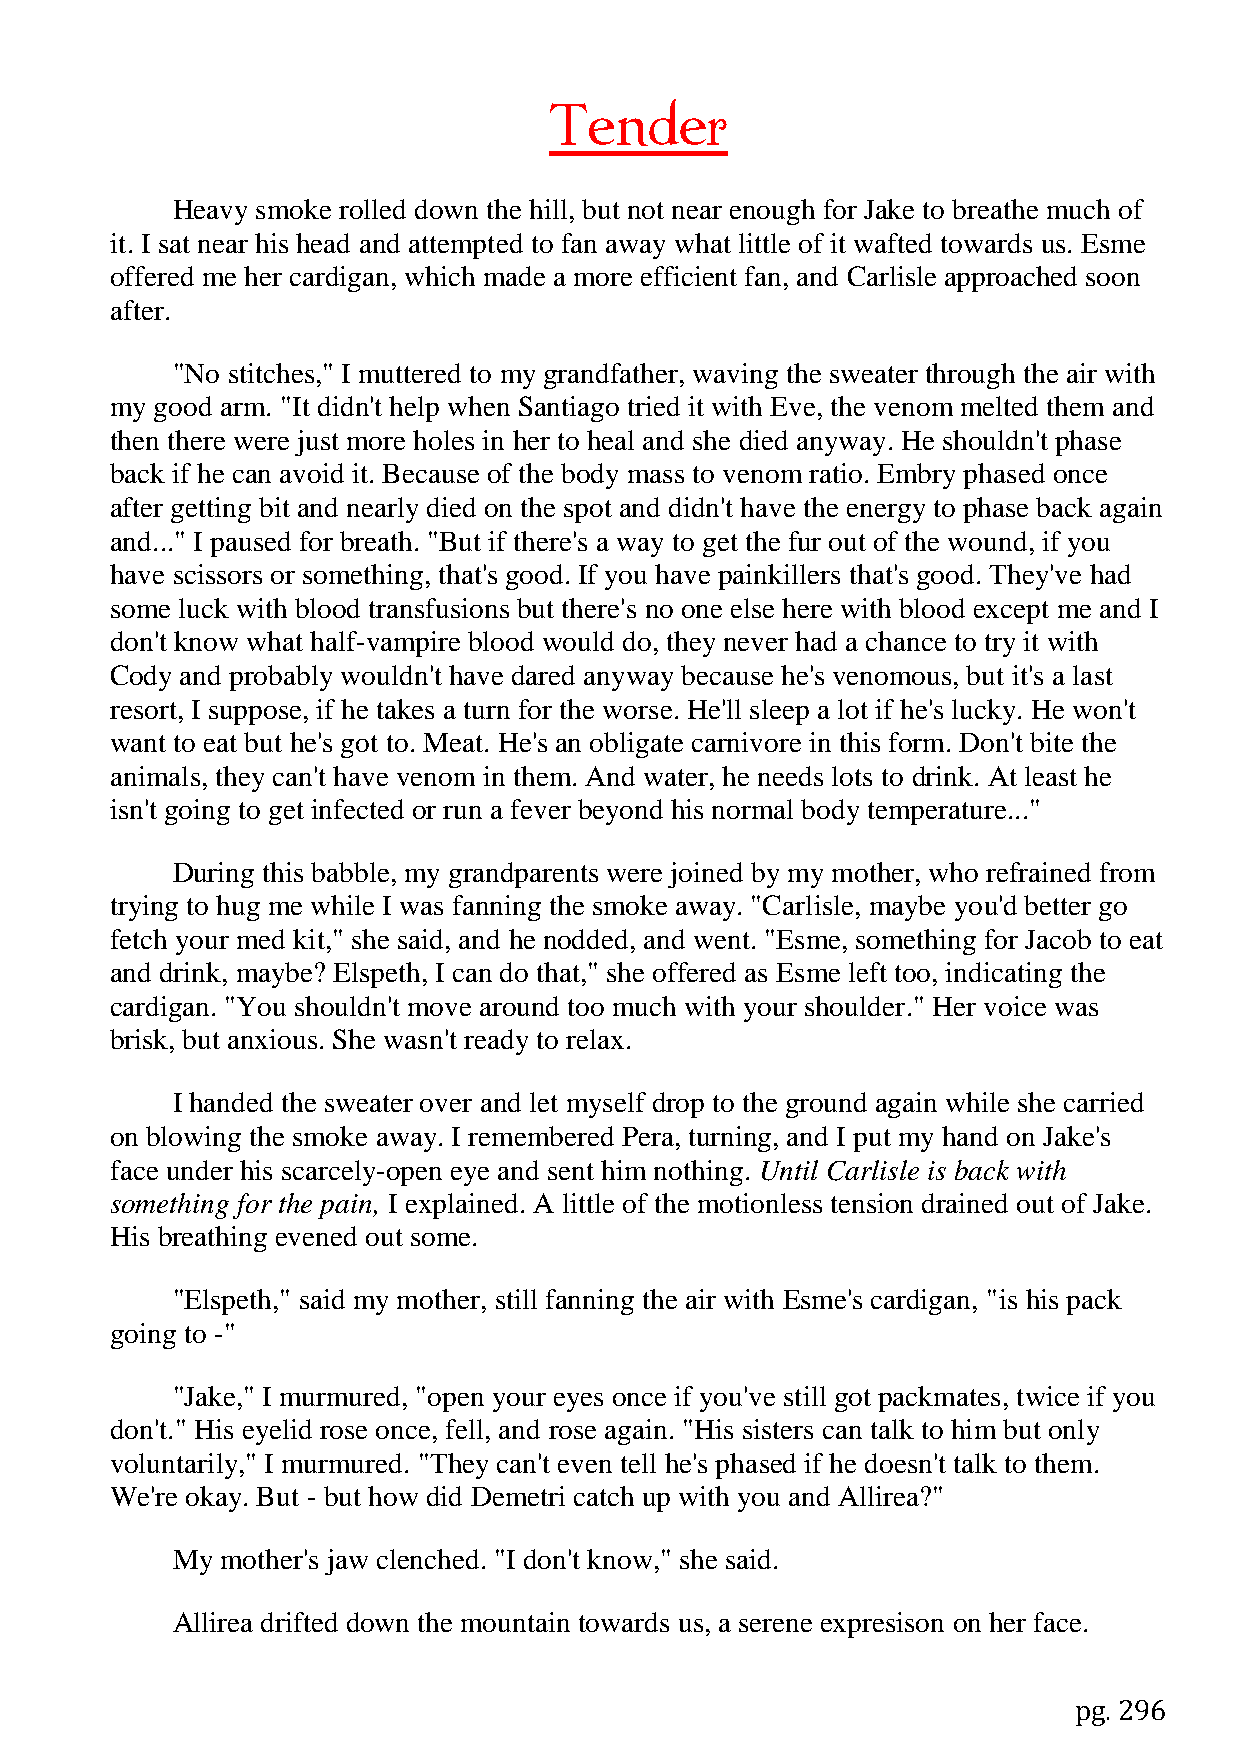
Tender
 Heavy smoke rolled down the hill, but not near enough for Jake to breathe much of
 it. I sat near his head and attempted to fan away what little of it wafted towards us. Esme
 offered me her cardigan, which made a more efficient fan, and Carlisle approached soon
 after.
 "No stitches," I muttered to my grandfather, waving the sweater through the air with
 my good arm. "It didn't help when Santiago tried it with Eve, the venom melted them and
 then there were just more holes in her to heal and she died anyway. He shouldn't phase
 back if he can avoid it. Because of the body mass to venom ratio. Embry phased once
 after getting bit and nearly died on the spot and didn't have the energy to phase back again
 and..." I paused for breath. "But if there's a way to get the fur out of the wound, if you
 have scissors or something, that's good. If you have painkillers that's good. They've had
 some luck with blood transfusions but there's no one else here with blood except me and I
 don't know what half-vampire blood would do, they never had a chance to try it with
 Cody and probably wouldn't have dared anyway because he's venomous, but it's a last
 resort, I suppose, if he takes a turn for the worse. He'll sleep a lot if he's lucky. He won't
 want to eat but he's got to. Meat. He's an obligate carnivore in this form. Don't bite the
 animals, they can't have venom in them. And water, he needs lots to drink. At least he
 isn't going to get infected or run a fever beyond his normal body temperature..."
 During this babble, my grandparents were joined by my mother, who refrained from
 trying to hug me while I was fanning the smoke away. "Carlisle, maybe you'd better go
 fetch your med kit," she said, and he nodded, and went. "Esme, something for Jacob to eat
 and drink, maybe? Elspeth, I can do that," she offered as Esme left too, indicating the
 cardigan. "You shouldn't move around too much with your shoulder." Her voice was
 brisk, but anxious. She wasn't ready to relax.
 I handed the sweater over and let myself drop to the ground again while she carried
 on blowing the smoke away. I remembered Pera, turning, and I put my hand on Jake's
 face under his scarcely-open eye and sent him nothing. Until Carlisle is back with
 something for the pain, I explained. A little of the motionless tension drained out of Jake.
 His breathing evened out some.
 "Elspeth," said my mother, still fanning the air with Esme's cardigan, "is his pack
 going to -"
 "Jake," I murmured, "open your eyes once if you've still got packmates, twice if you
 don't." His eyelid rose once, fell, and rose again. "His sisters can talk to him but only
 voluntarily," I murmured. "They can't even tell he's phased if he doesn't talk to them.
 We're okay. But - but how did Demetri catch up with you and Allirea?"
 My  mother's jaw clenched. "I don't know," she said.
 Allirea drifted down the mountain towards us, a serene expresison on her face.
 pg. 296